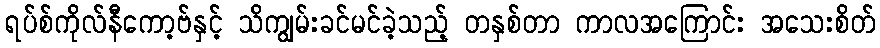
ရပ်စ်ကိုလ်နီကော့ဗ်နှင့် သိကျွမ်းခင်မင်ခဲ့သည့် တနှစ်တာ ကာလအကြောင်း အသေးစိတ်